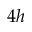
4 h